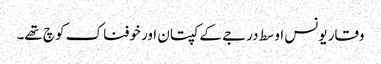
وقار یونس اوسط درجے کے کپتان اور خوفناک کوچ تھے۔